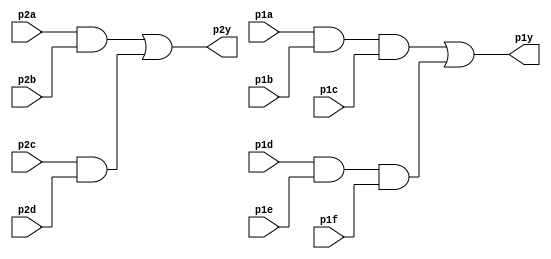
module top_module ( 
    input p1a, p1b, p1c, p1d, p1e, p1f,
    output p1y,
    input p2a, p2b, p2c, p2d,
    output p2y );
    
    wire t1,t2,t3,t4;
    
    and g1(t1,p2a,p2b);
    and g2(t2,p2c,p2d);
    or  g3(p2y,t1,t2);
    and g4(t3,p1a,p1b,p1c);
    and g5(t4,p1d,p1e,p1f);
    or  g6(p1y,t3,t4);


endmodule